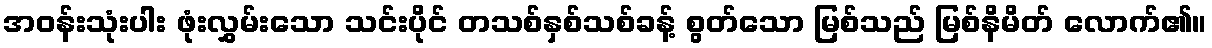
အဝန်းသုံးပါး ဖုံးလွှမ်းသော သင်းပိုင် တသစ်နှစ်သစ်ခန့် စွတ်သော မြစ်သည် မြစ်နိမိတ် လောက်၏။